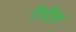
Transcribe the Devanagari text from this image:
ऐम्ट्रैक